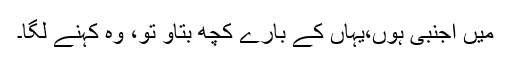
میں اجنبی ہوں،یہاں کے بارے کچھ بتاو تو، وہ کہنے لگا۔